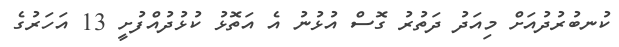
ކުނބުރުދުއަށް މިއަދު ދަތުރު ގޮސް އުޅުނު އެ އަތޮޅު ކުޅުދުއްފުށީ 13 އަހަރުގެ